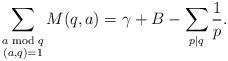
LaTeX: \begin{align*}\sum_{\substack{a \bmod q\\ (a, q)=1}}M(q, a)=\gamma+B-\sum_{p|q}\frac{1}{p}.\end{align*}